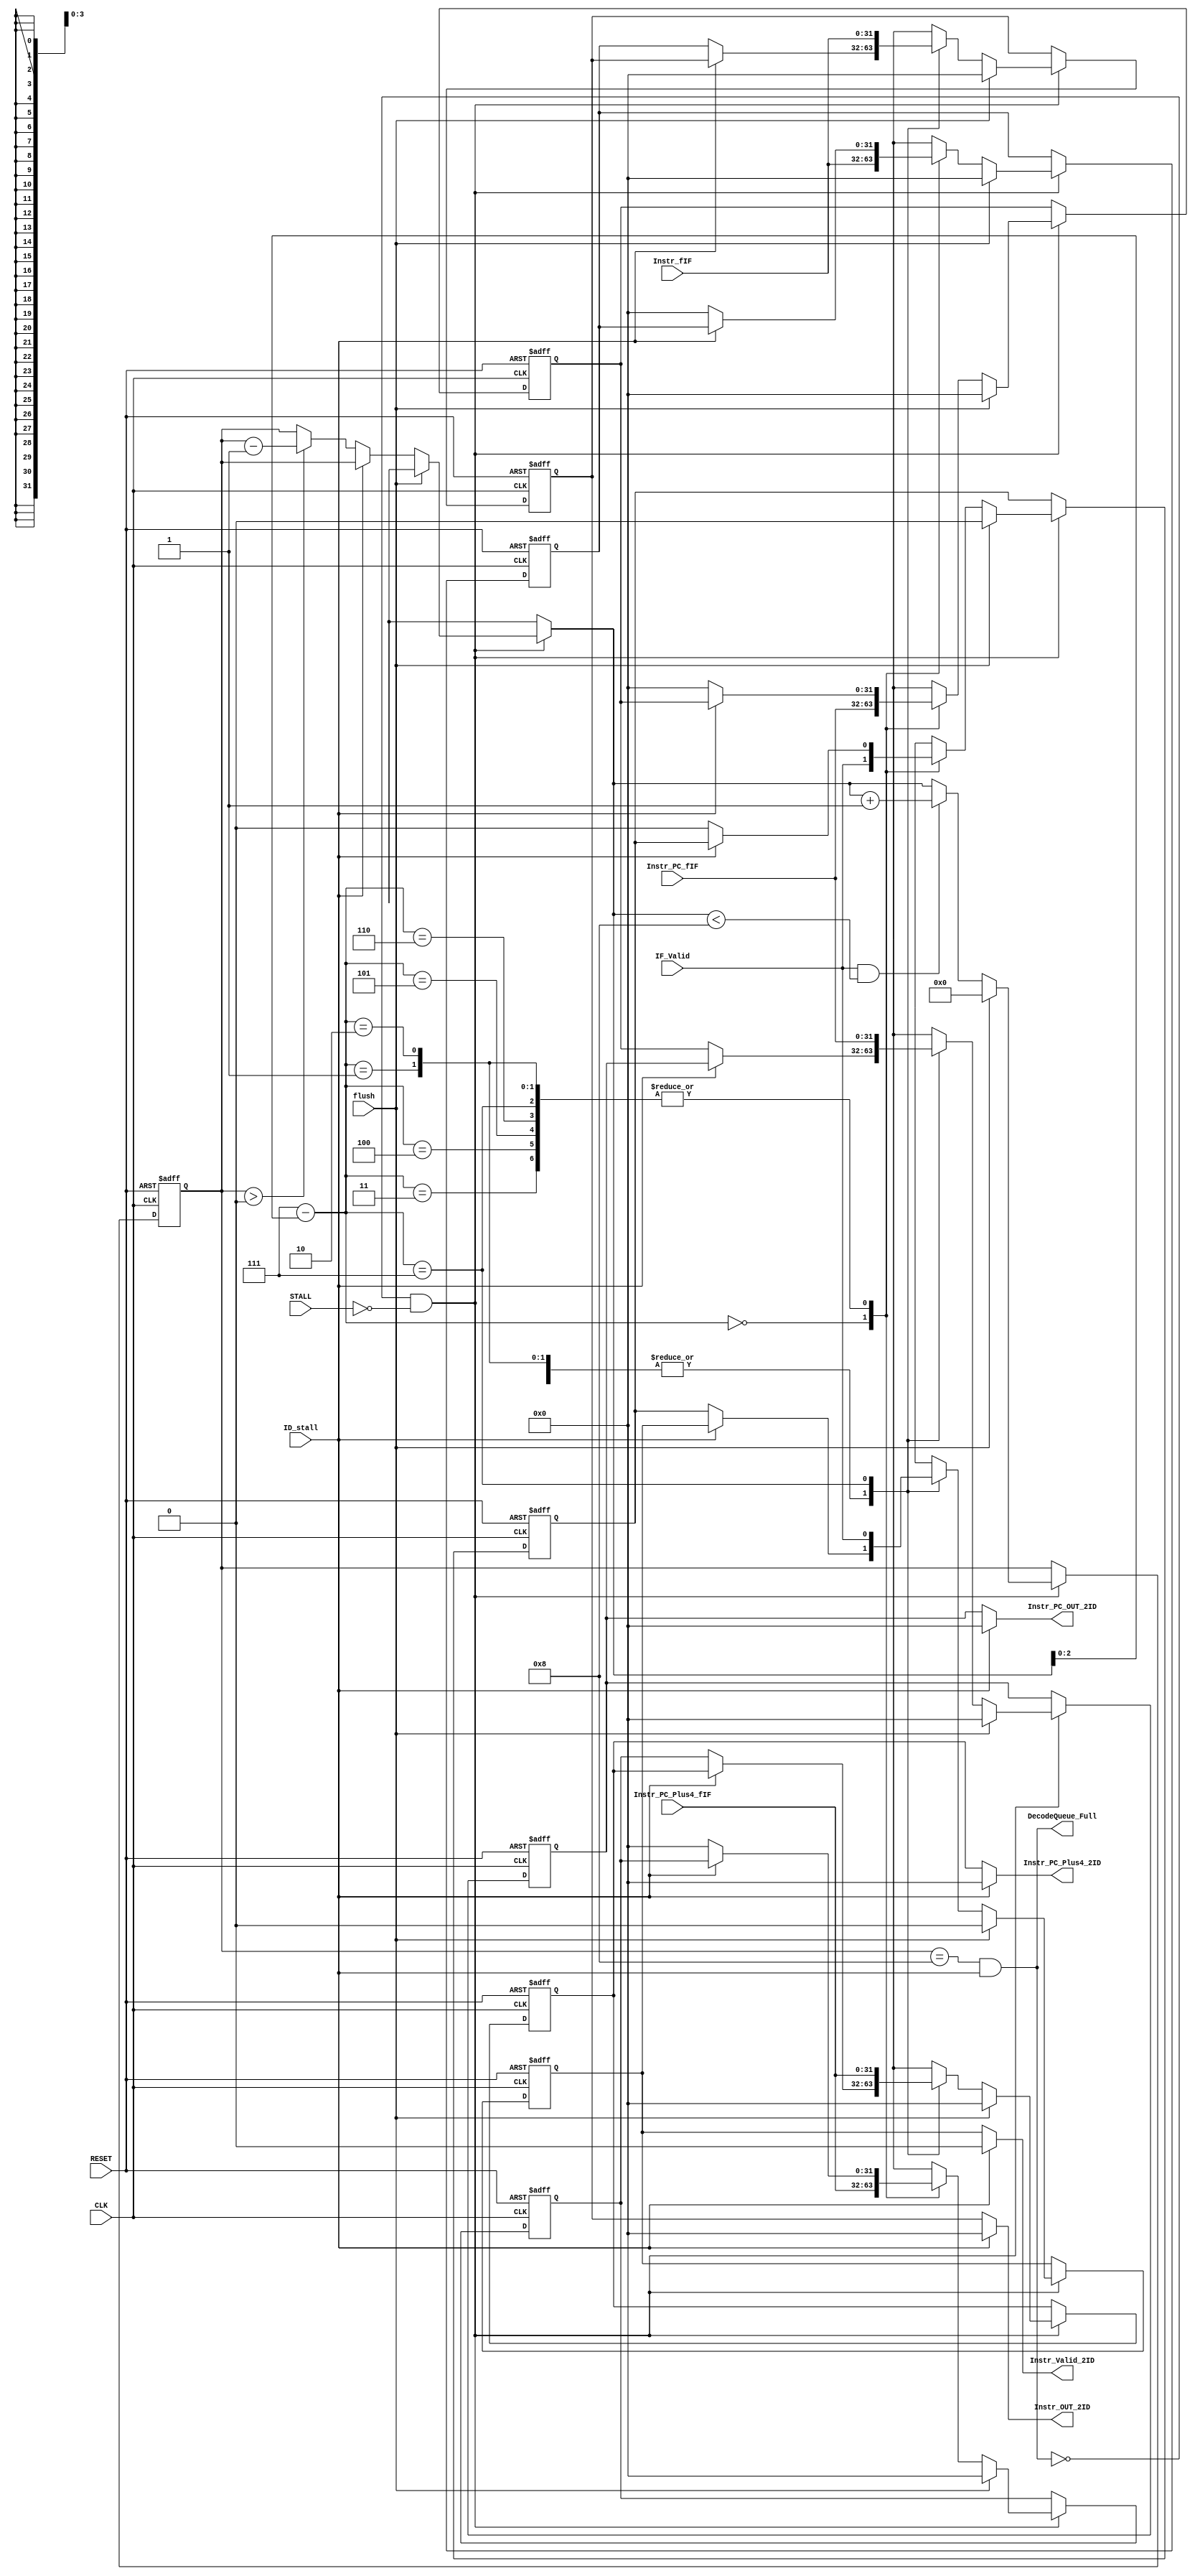
/* verilator lint_off BLKSEQ */
module DecodeQueue(
    input flush,
    input CLK,
    input RESET, 
    input IF_Valid,
    //This should contain the fetched instruction
    output [31:0] Instr_OUT_2ID,
    //This should contain the address of the fetched instruction [DEBUG purposes]
    output [31:0] Instr_PC_OUT_2ID,
    //This should contain the address of the instruction after the fetched instruction (used by ID)
    output [31:0] Instr_PC_Plus4_2ID,
    //Will be set to true if we need to just freeze the fetch stage.

	output Instr_Valid_2ID,

    //Address from which we want to fetch an instruction
    //Instruction received 
    input [31:0]   Instr_fIF,
    input [31:0]   Instr_PC_fIF,
    input [31:0]   Instr_PC_Plus4_fIF,
	output DecodeQueue_Full,
	// add later when other queues are done
	input ID_stall,

	input STALL
);

//reg STALL = 0;
//reg ID_stall = 0;
reg [31:0] Instr_Queue [0:7];
reg [31:0] Instr_PC_Queue [0:7];
reg [31:0] Instr_PC_Plus4_Queue [0:7];

//reg [31:0] temp [0:6];

//added by Hsin
reg Instr_Valid_Queue[0:7];

//reg temp_valid [0:6];

reg [3:0] Queue_counter;
// counting purposes
reg [3:0] i;

assign Instr_OUT_2ID = ID_stall?0:Instr_Queue[7];
assign Instr_PC_OUT_2ID = ID_stall?0:Instr_PC_Queue[7];
assign Instr_PC_Plus4_2ID = ID_stall?0:Instr_PC_Plus4_Queue[7];
assign Instr_Valid_2ID = ID_stall?0:Instr_Valid_Queue[7];

assign DecodeQueue_Full = (Queue_counter == 8) && ID_stall;
always @(posedge CLK or negedge RESET) begin
	if(!RESET) begin
		Instr_Queue[0] = 32'h00;
		Instr_Queue[1] = 32'h00;
		Instr_Queue[2] = 32'h00;
		Instr_Queue[3] = 32'h00;
		Instr_Queue[4] = 32'h00;
		Instr_Queue[5] = 32'h00;
		Instr_Queue[6] = 32'h00;
		Instr_Queue[7] = 32'h00;
		Instr_PC_Queue[0] = 32'h00;
		Instr_PC_Queue[1] = 32'h00;
		Instr_PC_Queue[2] = 32'h00;
		Instr_PC_Queue[3] = 32'h00;
		Instr_PC_Queue[4] = 32'h00;
		Instr_PC_Queue[5] = 32'h00;
		Instr_PC_Queue[6] = 32'h00;
		Instr_PC_Queue[7] = 32'h00;
		Instr_PC_Plus4_Queue[0] = 32'h00;
		Instr_PC_Plus4_Queue[1] = 32'h00;
		Instr_PC_Plus4_Queue[2] = 32'h00;
		Instr_PC_Plus4_Queue[3] = 32'h00;
		Instr_PC_Plus4_Queue[4] = 32'h00;
		Instr_PC_Plus4_Queue[5] = 32'h00;
		Instr_PC_Plus4_Queue[6] = 32'h00;
		Instr_PC_Plus4_Queue[7] = 32'h00;
		// added by Hsin

		Instr_Valid_Queue[0] = 0;
		Instr_Valid_Queue[1] = 0;
		Instr_Valid_Queue[2] = 0;
		Instr_Valid_Queue[3] = 0;
		Instr_Valid_Queue[4] = 0;
		Instr_Valid_Queue[5] = 0;
		Instr_Valid_Queue[6] = 0;
		Instr_Valid_Queue[7] = 0;

		Queue_counter = 0;
    	end
	else if(CLK) begin

		$display("	Decode Queue: Inputs: Instr1:%x Instr1_PC:%x IF_Valid:%x", Instr_fIF, Instr_PC_fIF, IF_Valid);
		$display("	DecodeQueue_Full: %b, STALL: %b, ID_stall: %b", DecodeQueue_Full, STALL, ID_stall);
        	if(!DecodeQueue_Full&&(!STALL))begin
			if(flush)begin
				Instr_Queue[0] = 32'h00;
				Instr_Queue[1] = 32'h00;
				Instr_Queue[2] = 32'h00;
				Instr_Queue[3] = 32'h00;
				Instr_Queue[4] = 32'h00;
				Instr_Queue[5] = 32'h00;
				Instr_Queue[6] = 32'h00;
				Instr_Queue[7] = 32'h00;
				Instr_PC_Queue[0] = 32'h00;
				Instr_PC_Queue[1] = 32'h00;
				Instr_PC_Queue[2] = 32'h00;
				Instr_PC_Queue[3] = 32'h00;
				Instr_PC_Queue[4] = 32'h00;
				Instr_PC_Queue[5] = 32'h00;
				Instr_PC_Queue[6] = 32'h00;
				Instr_PC_Queue[7] = 32'h00;
				Instr_PC_Plus4_Queue[0] = 32'h00;
				Instr_PC_Plus4_Queue[1] = 32'h00;
				Instr_PC_Plus4_Queue[2] = 32'h00;
				Instr_PC_Plus4_Queue[3] = 32'h00;
				Instr_PC_Plus4_Queue[4] = 32'h00;
				Instr_PC_Plus4_Queue[5] = 32'h00;
				Instr_PC_Plus4_Queue[6] = 32'h00;
				Instr_PC_Plus4_Queue[7] = 32'h00;

				// added by Hsin

				Instr_Valid_Queue[0] = 0;
				Instr_Valid_Queue[1] = 0;
				Instr_Valid_Queue[2] = 0;
				Instr_Valid_Queue[3] = 0;
				Instr_Valid_Queue[4] = 0;
				Instr_Valid_Queue[5] = 0;
				Instr_Valid_Queue[6] = 0;
				Instr_Valid_Queue[7] = 0;
				
				Queue_counter = 0;
			end
			else begin
				if(!ID_stall)begin

					for(i=0;i<7;i++)begin
						Instr_Queue[i[2:0]+1] = Instr_Queue[i[2:0]];
						Instr_PC_Queue[i[2:0]+1] = Instr_PC_Queue[i[2:0]];
						Instr_PC_Plus4_Queue[i[2:0]+1] = Instr_PC_Plus4_Queue[i[2:0]];
						Instr_Valid_Queue[i[2:0]+1] = Instr_Valid_Queue[i[2:0]];
					end

					Instr_Queue[0] = 0;
					Instr_PC_Queue[0] = 0;
					Instr_Valid_Queue[0] = 0;
					Instr_PC_Plus4_Queue[0] = 0;
					if(Queue_counter > 0)begin
						Queue_counter = Queue_counter-1;
					end
				end else begin
 
				end
				$display("	Decode Queue: %d", Queue_counter);
				Instr_Queue[7-(Queue_counter[2:0])] = Instr_fIF;
				Instr_PC_Queue[7-(Queue_counter[2:0])] = Instr_PC_fIF;
				Instr_Valid_Queue[7-(Queue_counter[2:0])] = IF_Valid;
				Instr_PC_Plus4_Queue[7-(Queue_counter[2:0])] = Instr_PC_Plus4_fIF;
				if(IF_Valid && (Queue_counter < 8) )begin
					Queue_counter = Queue_counter+1;
				end
/*
				temp = Instr_Queue[6:0];
				Instr_Queue[7:1] = temp;
				Instr_Queue[7-(Queue_counter[2:0]-1)] = Instr_fIF;

				temp = Instr_PC_Queue[6:0];
				Instr_PC_Queue[7:1] = temp;
				Instr_PC_Queue[Queue_counter[2:0]-1] = Instr_PC_fIF;

				temp_valid = Instr_Valid_Queue[6:0];
				Instr_Valid_Queue[7:1] = temp_valid;
				Instr_Valid_Queue[Queue_counter[2:0]-1] = IF_Valid;

				temp = Instr_PC_Plus4_Queue[6:0];
				Instr_PC_Plus4_Queue[7:1] = temp;
				Instr_PC_Plus4_Queue[Queue_counter[2:0]-1] = Instr_PC_Plus4_fIF;
*/


				
				$display("	Decode Queue Dump: IF_Valid:%b", IF_Valid);
			end 
        	end
    end
	$display("	Decode Queue: %d", Queue_counter);
	for(i=0;i<=7;i++)begin
		$display("    Decode Queue Dump: Instr_PC[%d]: %x, Instr[%d]: %x, Instr_Valid[%d], %b",i,Instr_PC_Queue[i[2:0]],i, Instr_Queue[i[2:0]],i, Instr_Valid_Queue[i[2:0]]);
	end

//$display("   Decode Queue Dump:\n     Instr_PC_0:%x Instr_0:%x:\n     Instr_PC_1:%x Instr_1:%x:\n     Instr_PC_2:%x Instr_2:%x:\n     Instr_PC_3:%x Instr_3:%x:\n     Instr_PC_4:%x Instr_4:%x:\n     Instr_PC_5:%x Instr_5:%x:\n     Instr_PC_6:%x Instr_6:%x:\n     Instr_PC_7:%x Instr_7:%x:\n",Instr_PC_Queue[0],Instr_Queue[0],Instr_PC_Queue[1],Instr_Queue[1],Instr_PC_Queue[2],Instr_Queue[2],Instr_PC_Queue[3],Instr_Queue[3],Instr_PC_Queue[4],Instr_Queue[4],Instr_PC_Queue[5],Instr_Queue[5],Instr_PC_Queue[6],Instr_Queue[6],Instr_PC_Queue[7],Instr_Queue[7]);


end



endmodule